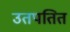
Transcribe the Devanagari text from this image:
उतपतित